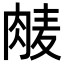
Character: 𮌕